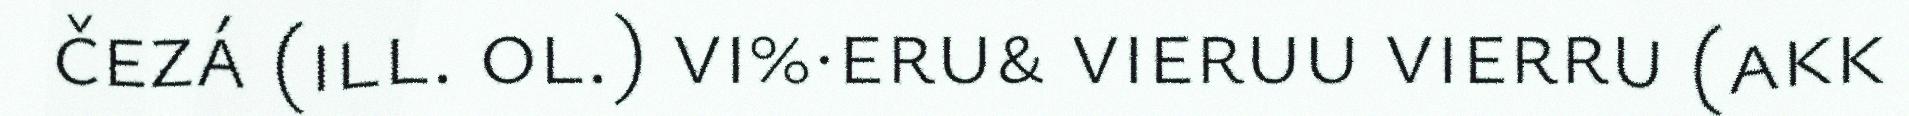
čezá (ill. ol.) vi%·eru& vieruu vierru (akk